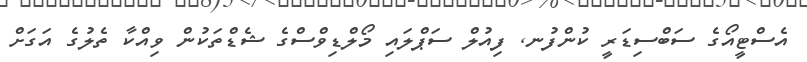
އެސްޓީއޯގެ ސަބްސިޑަރީ ކުންފުނ